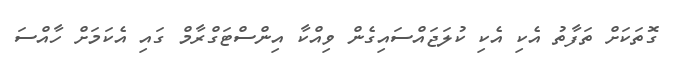
ގޮތަކަށް ތަފާތު އެކި އެކި ކުލަޖައްސައިގެން ވިއްކާ އިންސްޓަގްރާމް ގައި އެކަމަށް ހާއްސަ